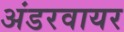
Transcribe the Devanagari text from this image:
अंडरवायर